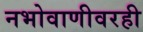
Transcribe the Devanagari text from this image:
नभोवाणीवरही